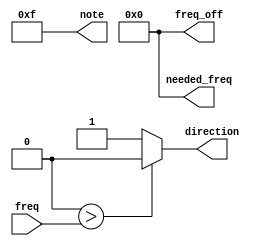
module note_determiner(
    input [31:0] freq,
    output [3:0] note,
    output direction,
    output [31:0] freq_off,
    output [31:0] needed_freq
    );
    wire [31:0] needed_freq = 0;
    wire [31:0] freq_off = 0;
    assign needed_freq = (freq <= 113 && freq >= 100) ? 110 : 
    (freq<=120) ? 116 :(freq <=127)?123:(freq<=134)?130:(freq<=142)?138:(freq<=151)?147:
    (freq <= 160)? 155:(freq <= 169)? 165:(freq <= 179)? 175:(freq <= 190)? 185:(freq <= 199)? 196:
    (freq <= 214)? 208:(freq <= 226)? 220:(freq <= 240)? 233:(freq <= 254)? 247:(freq <= 269)? 262:
    (freq <= 285)? 277:(freq <= 302)? 294:(freq <= 320)? 311:(freq <= 340)? 330:(freq <= 360)? 350:
    (freq <= 381)? 370:(freq <= 402)? 392:(freq <= 427)? 415:(freq <= 453)? 440:(freq <= 480)? 466:
    (freq <= 508)? 494:(freq <= 538)? 523:(freq <= 570)? 554:(freq <= 604)? 587:(freq <= 640)? 622:
    (freq <= 678)? 659:(freq <= 719)? 698:(freq <= 762)? 740:(freq <= 807)? 784:(freq <= 856)? 831:
    (freq <= 906)? 880:(freq <= 960)? 932:(freq <= 1017)? 988:(freq <= 1077)? 1046:(freq <= 1142)? 1109:
    (freq <= 1210)? 1175:(freq <= 1282)? 1245:(freq <= 1358)? 1319:(freq <= 1438)? 1397:(freq <= 1524)? 1480:
    (freq <= 1614)? 1568:(freq <= 1710)? 1661:(freq <= 1812)? 1760:(freq <= 1919)? 1864:(freq <= 2034)? 1975:
    (freq <= 2155)? 2093:(freq <= 2283)? 2218:(freq <= 2419)? 2349:(freq <= 2563)? 2489:(freq <= 2715)? 2637:
    (freq <= 2877)? 2794:(freq <= 3048)? 2960:(freq <= 3229)? 3136:(freq <= 3421)? 3322:(freq <= 3625)? 3520:
    (freq <= 3840)? 3729:(freq <= 4068)? 3951:(freq <= 4310)? 4186:(freq <= 4566)? 4434:(freq <= 4838)? 4698:
    (freq <= 5126)? 4978:(freq <= 5430)? 5274:(freq <= 5754)? 5587:(freq <= 6098)? 5920:(freq <= 6459)? 6272:
    (freq <= 6843)? 6645:(freq <= 7250)? 7040:(freq <= 7680)? 7459:(freq <= 8300)? 7902:0
    ;
    // 0 means negative, 1 means positive
    assign direction = (needed_freq > freq)? 0:1;
    assign freq_off = (needed_freq > freq)? needed_freq-freq : freq-needed_freq;
    // A is 0, A# 1, B 2, C 3.... G 10, G# 11
    assign note = (needed_freq == 120 || needed_freq == 220 || needed_freq == 440 || needed_freq == 880 || needed_freq == 1760
        || needed_freq == 3520 || needed_freq == 7040
     ) ? 0 : 
    (needed_freq == 116 || needed_freq == 233 || needed_freq == 466 || needed_freq == 932 || needed_freq == 1864
             || needed_freq == 3729 || needed_freq == 7459
          ) ? 1 :
    (needed_freq == 123 || needed_freq == 247 || needed_freq == 494 || needed_freq == 988 || needed_freq == 1975 
                       || needed_freq == 3951 || needed_freq == 7902
                    ) ? 2 :
     (needed_freq == 130 || needed_freq == 262 || needed_freq == 523 || needed_freq == 1046 || needed_freq == 2093 
                                           || needed_freq == 4186
                                        ) ? 3 :
      (needed_freq == 138 || needed_freq == 277 || needed_freq == 554 || needed_freq == 1109 || needed_freq == 2218
           || needed_freq == 4434
        ) ? 4:
      (needed_freq == 147 || needed_freq == 294 || needed_freq == 587 || needed_freq == 1175 || needed_freq == 2349 
                   || needed_freq == 4698
                ) ? 5:   
       (needed_freq == 156 || needed_freq == 311 || needed_freq == 622 || needed_freq == 1245 || needed_freq == 2489 
           || needed_freq == 4978
        ) ? 6:          
       (needed_freq == 165 || needed_freq == 330 || needed_freq == 659 || needed_freq == 1319 || needed_freq == 2637
           || needed_freq == 5274
        ) ? 7:
        (needed_freq == 175 || needed_freq == 349 || needed_freq == 698 || needed_freq == 1397 || needed_freq == 2794
           || needed_freq == 5587
        ) ? 8:  
        (needed_freq == 185 || needed_freq == 370 || needed_freq == 740 || needed_freq == 1480 || needed_freq == 2960
           || needed_freq == 5920
        ) ? 9:     
        (needed_freq == 196 || needed_freq == 392 || needed_freq == 784 || needed_freq == 1568 || needed_freq == 3136
           || needed_freq == 6272
        ) ? 10:(needed_freq==0)?15:11;     
        /*(needed_freq == 208 || needed_freq == 415 || needed_freq == 831 || needed_freq == 1661 || needed_freq == 3322
           || needed_freq == 6645
        ) ? 11: 12;  */                                  
        
endmodule